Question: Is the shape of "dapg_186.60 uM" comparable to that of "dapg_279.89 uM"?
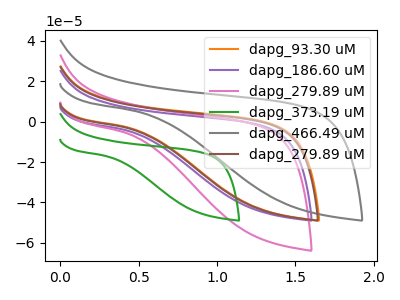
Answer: <think>The orange curve "dapg_93.30 uM" has no peaks. The purple curve "dapg_186.60 uM" has no peaks. The pink curve "dapg_279.89 uM" has no peaks. The green curve "dapg_373.19 uM" has no peaks. The gray curve "dapg_466.49 uM" has no peaks. The brown curve "dapg_279.89 uM" has no peaks.
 Neither "dapg_186.60 uM" or "dapg_279.89 uM" have any peaks.</think>
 <answer>"dapg_186.60 uM" and "dapg_279.89 uM" are similar in shape.</answer>
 <eval>same_shape</eval>